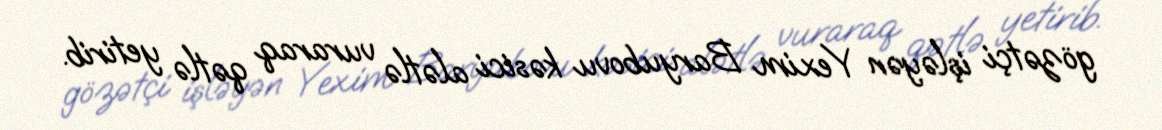
gözətçi işləyən Yexim Baryubovu kəsici alətlə vuraraq qətlə yetirib.